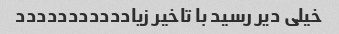
خیلی دیر رسید با تاخیر زیاددددددددددد